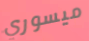
ميسوري